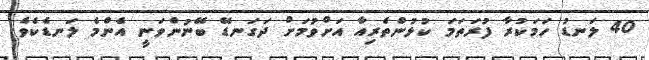
40 ލަނޑު ހަމަކުރާ ފުރަތަމަ ކުޅުންތެރިއާ އަށްވުމަށް ދަގަނޑޭ ބޭނުންވަނީ އެންމެ ލަނޑެކެވެ.